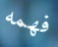
فهمه